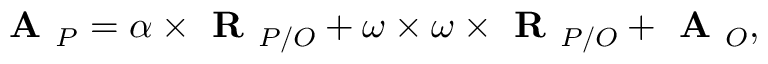
{ \textbf { A } } _ { P } = \alpha \times { \textbf { R } } _ { P / O } + \omega \times \omega \times { \textbf { R } } _ { P / O } + { \textbf { A } } _ { O } ,